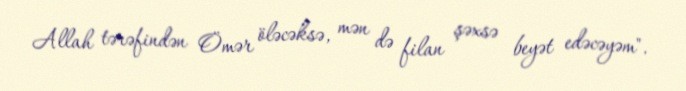
Allah tərəfindən Ömər öləcəksə, mən də filan şəxsə beyət edəcəyəm".